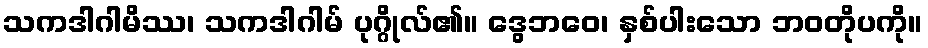
သကဒါဂါမိဿ၊ သကဒါဂါမ် ပုဂ္ဂိုလ်၏။ ဒွေဘဝေ၊ နှစ်ပါးသော ဘဝတိုပကို။